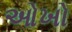
ઓખો